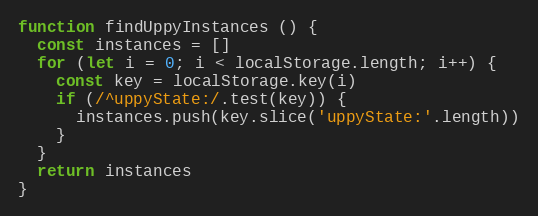
Language: JavaScript
function findUppyInstances () {
  const instances = []
  for (let i = 0; i < localStorage.length; i++) {
    const key = localStorage.key(i)
    if (/^uppyState:/.test(key)) {
      instances.push(key.slice('uppyState:'.length))
    }
  }
  return instances
}